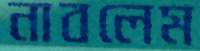
নাবলেম